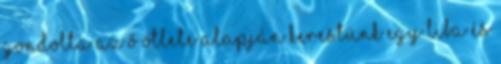
gondolta az ő ötlete alapján kerestünk egy liba és